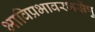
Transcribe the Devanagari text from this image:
भाविप्रभावरभसेषु